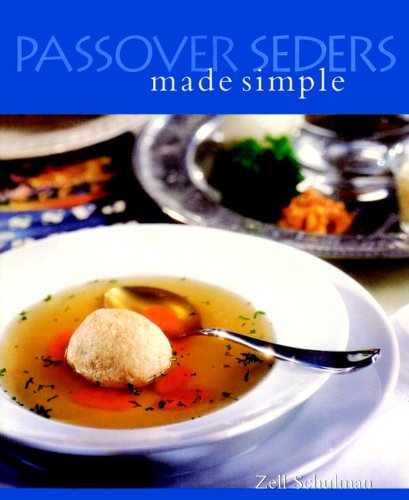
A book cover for Passover Seders Made Simple (Cooking/Gardening); Zell Schulman; Cookbooks, Food & Wine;